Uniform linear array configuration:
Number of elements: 16
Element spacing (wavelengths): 0.75
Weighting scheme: kaiser
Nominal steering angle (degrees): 60
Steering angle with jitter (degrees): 61.097
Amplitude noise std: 0.05
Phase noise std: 0.05

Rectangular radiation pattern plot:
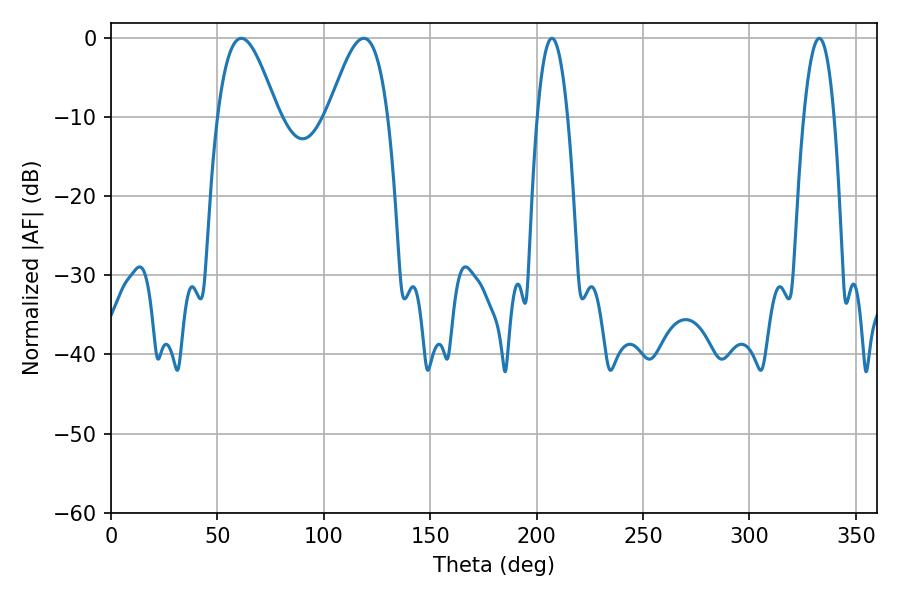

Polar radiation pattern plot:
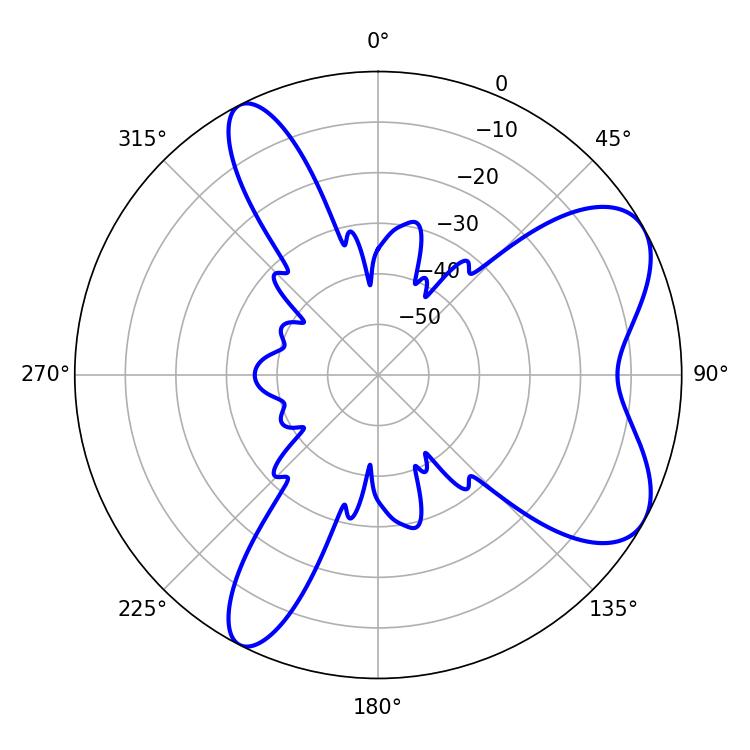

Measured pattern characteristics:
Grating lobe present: TRUE
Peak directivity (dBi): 7.031
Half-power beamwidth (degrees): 7.74
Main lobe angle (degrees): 207.18